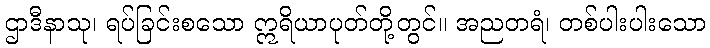
ဌာဒီနာသု၊ ရပ်ခြင်းစသော ဣရိယာပုတ်တို့တွင်။ အညတရံ၊ တစ်ပါးပါးသော